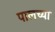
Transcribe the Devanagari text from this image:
पालच्या